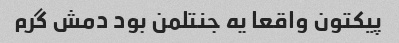
پیکتون واقعا یه جنتلمن بود دمش گرم